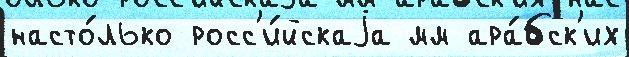
насто́лько росс'и́йскаjа мм ара́бск'их